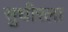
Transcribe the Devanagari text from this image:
सुधीरला